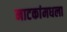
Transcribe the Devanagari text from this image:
नाटकांमधला